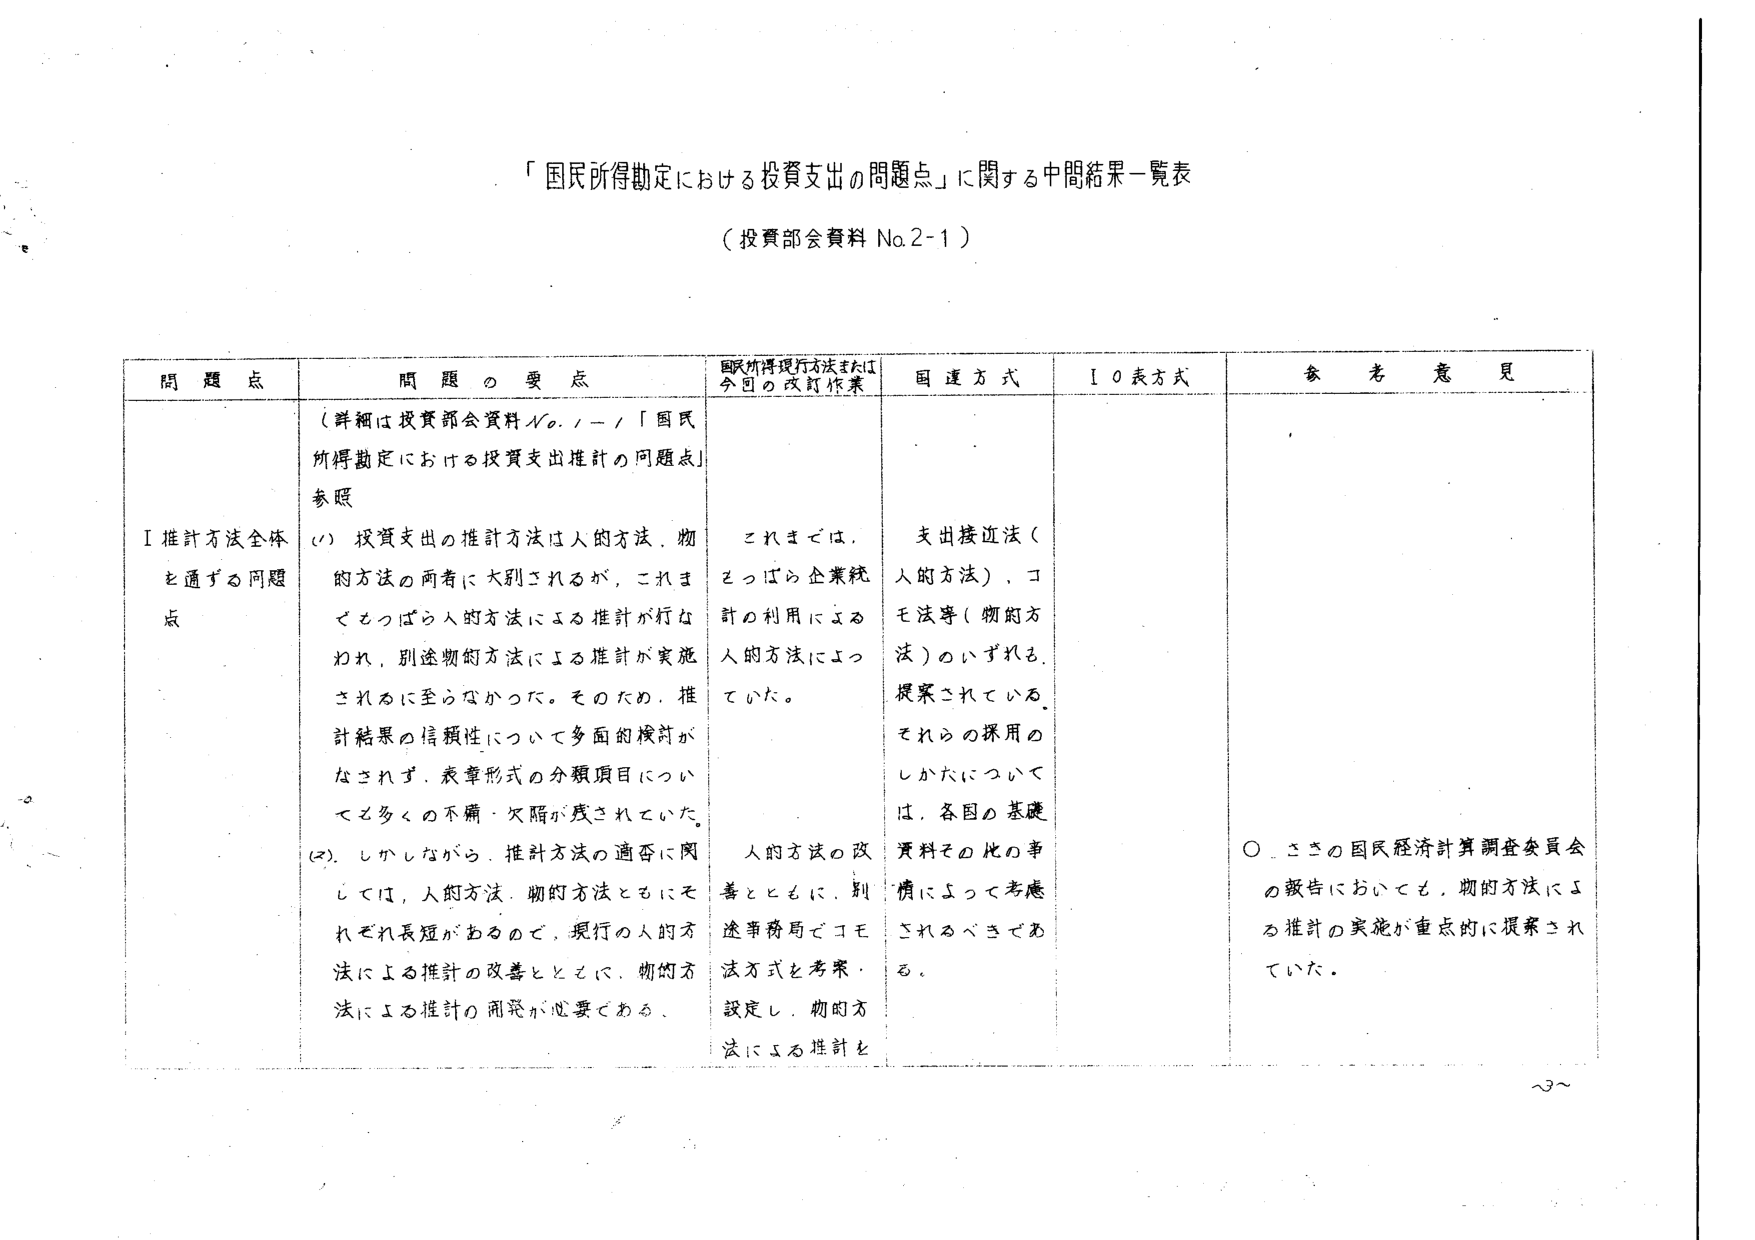
「国民所得勘定における投資支出の問題点」に関する中間結果一覧表
（投資部会資料 No.2-1）

問題点　　　　　　　　　問題の要点　　　　　　　　　国民所得現行方法または今回の改訂作業　　　国連方式　　　　　ＩＯ表方式　　　　　参考意見

Ⅰ 推計方法全体を通ずる問題点
（詳細は投資部会資料No.1-1「国民所得勘定における投資支出推計の問題点」参照）
(1) 投資支出の推計方法は人的方法、物的方法の両者に大別されるが、これまでそっぱら人的方法による推計が行なわれ、別途物的方法による推計が実施されるに至らなかった。そのため、推計結果の信頼性について多面的検討がなされず、表章形式の分類項目について多くの不備・欠陥が残されていた。
(2) しかしながら、推計方法の適否に関しては、人的方法、物的方法ともにそれぞれ長短があるので、現行の人的方法による推計の改善とともに、物的方法による推計の開発が必要である。

これまで、そっぱら企業統計の利用による人的方法によっていた。
人的方法の改善とともに、別途事務局でコモ法方式を考案・設定し、物的方法による推計を

支出接近法（人的方法）、コモ法等（物的方法）のいずれも提案されている。それらの採用のしかたについては、各国の基礎資料その他の事情によって考慮されるべきである。

○ さきの国民経済計算調査委員会の報告においても、物的方法による推計の実施が重点的に提案されていた。

～3～